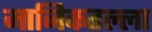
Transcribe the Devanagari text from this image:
मानिकतल्ला